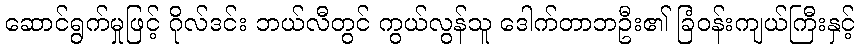
ဆောင်ရွက်မှုဖြင့် ဂိုလ်ဒင်း ဘယ်လီတွင် ကွယ်လွန်သူ ဒေါက်တာဘဦး၏ ခြံဝန်းကျယ်ကြီးနှင့်